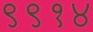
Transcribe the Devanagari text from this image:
९९१४